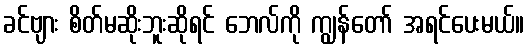
ခင်ဗျား စိတ်မဆိုးဘူးဆိုရင် ဘေလ်ကို ကျွန်တော် အရင်ပေးမယ်။